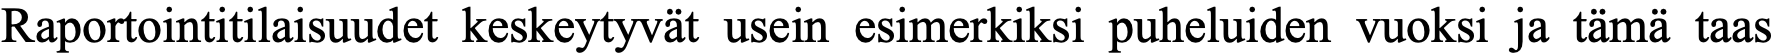
Raportointitilaisuudet keskeytyvät usein esimerkiksi puheluiden vuoksi ja tämä taas